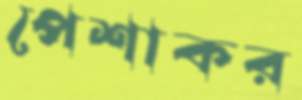
পেশাকর